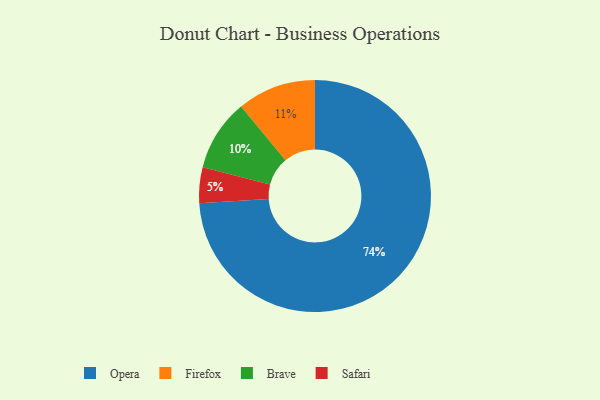
{"axis": {"x": "Category", "y": "Percentage"}, "legend": ["Brave", "Firefox", "Opera", "Safari"], "data": [{"x": "Safari", "y": 5, "type": "Safari"}, {"x": "Opera", "y": 74, "type": "Opera"}, {"x": "Firefox", "y": 11, "type": "Firefox"}, {"x": "Brave", "y": 10, "type": "Brave"}]}